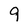
Character: 9